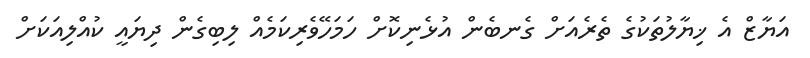
އަޔާޒް އެ ޚިޔާލުތަކުގެ ތެރެއަށް ގެނބެން އުޅެނިކޮށް ހަމަހޭވެރިކަމެއް ލިބިގެން ދިޔައީ ކުއްލިއަކަށް